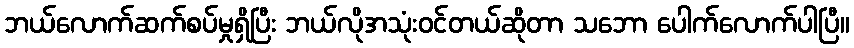
ဘယ်လောက်ဆက်စပ်မှုရှိပြီး ဘယ်လိုအသုံးဝင်တယ်ဆိုတာ သဘော ပေါက်လောက်ပါပြီ။